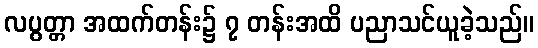
လပွတ္တာ အထက်တန်း၌ ၇ တန်းအထိ ပညာသင်ယူခဲ့သည်။